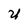
Character: U